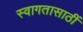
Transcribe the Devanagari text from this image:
स्वागतासाठीं